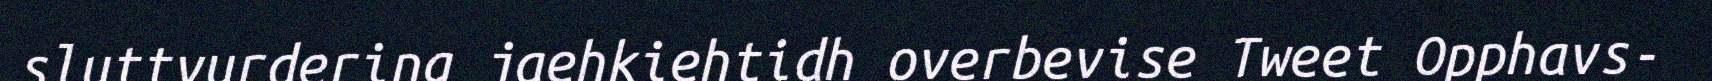
sluttvurdering jaehkiehtidh overbevise Tweet Opphavs-